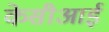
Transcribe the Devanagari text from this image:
केसीआई